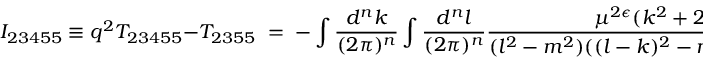
I _ { 2 3 4 5 5 } \equiv q ^ { 2 } T _ { 2 3 4 5 5 } - T _ { 2 3 5 5 } \; = \; - \int \frac { d ^ { n } k } { ( 2 \pi ) ^ { n } } \int \frac { d ^ { n } l } { ( 2 \pi ) ^ { n } } \frac { \mu ^ { 2 \epsilon } ( k ^ { 2 } + 2 k q ) } { ( l ^ { 2 } - m ^ { 2 } ) ( ( l - k ) ^ { 2 } - m ^ { 2 } ) ( k + q ) ^ { 2 } k ^ { 4 } }